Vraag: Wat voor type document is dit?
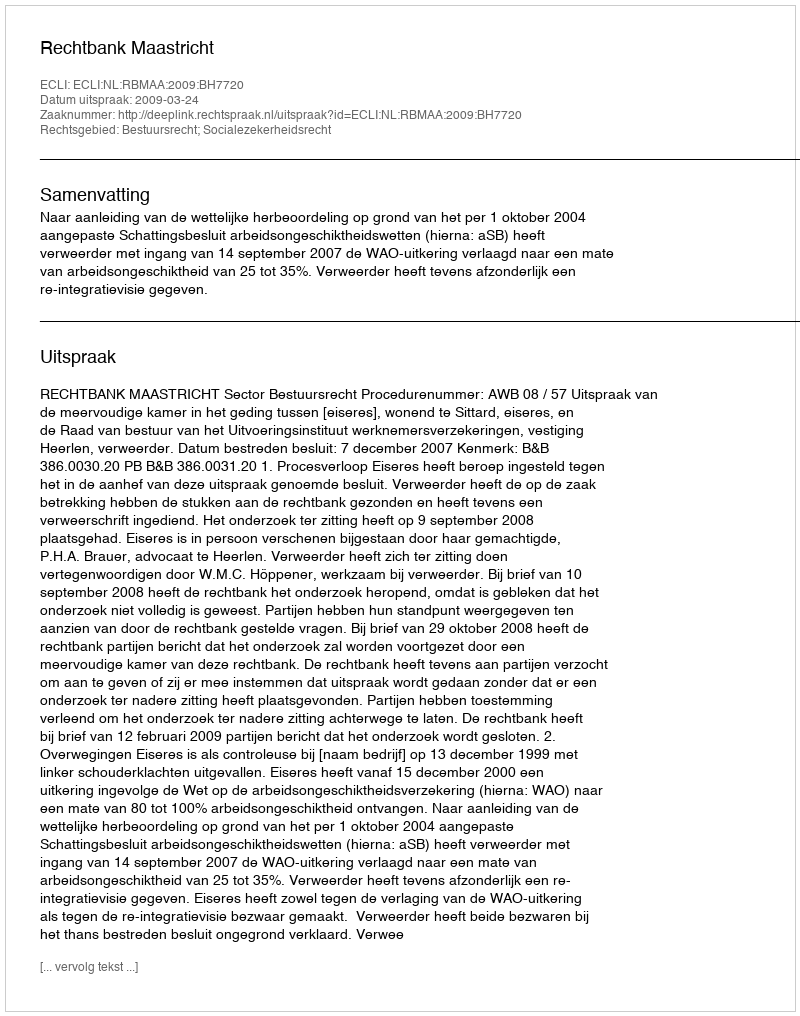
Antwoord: Uitspraak